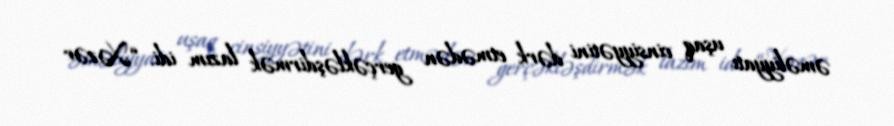
əməliyyatı uşaq cinsiyyətini dərk etmədən gerçəkləşdirmək lazım idi. “Xəzər